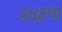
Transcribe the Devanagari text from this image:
२४३ण